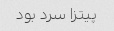
پیتزا سرد بود